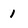
Character: 1